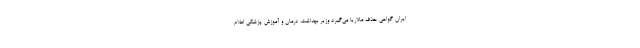
ایران گواهی حذف مالاریا می‌گیرد وزیر بهداشت، درمان و آموزش پزشکی اعلام